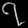
Digit: ၇